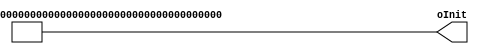
module Xor32Initializer #
( parameter SIZE  = 8
, parameter SEED0 = 123456789
, parameter SEED1 = 362436069
, parameter SEED2 = 521288629
, parameter SEED3 = 088675123
)
( output [SIZE*32-1:0] oInit
);

genvar gi;

wire [(SIZE+4)*32-1:0] wxval;

assign oInit = wxval[4*32+:SIZE*32];

generate
    for (gi = 0; gi < SIZE + 4; gi = gi + 1)
        if (gi == 0)
            assign wxval[gi*32+:32] = SEED0;
        else if (gi == 1)
            assign wxval[gi*32+:32] = SEED1;
        else if (gi == 2)
            assign wxval[gi*32+:32] = SEED2;
        else if (gi == 3)
            assign wxval[gi*32+:32] = SEED3;
        else begin
            wire [31:0] wtemp;

            assign wtemp
                = wxval[(gi-4)*32+:32]
                ^ {wxval[(gi-4)*32+11+:21], {11{1'b0}}};

            assign wxval[gi*32+:32]
                = ( wxval[(gi-1)*32+:32]
                  ^ {{19{1'b0}}, wxval[(gi-1)*32+31-:13]})
                ^ ( wtemp
                  ^ {{8{1'b0}}, wtemp[31-:24]});
        end
endgenerate

endmodule